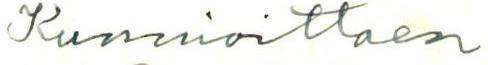
Kunnioittaen